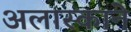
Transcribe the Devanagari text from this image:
अलास्काने